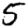
Digit: 5